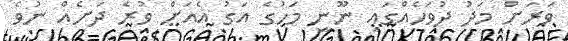
ވަރަށް މަދު ދުވަހެއްގައި ނޫނީ މަހުގެ އަގު އެއަށް ވުރެ ދަށެއް ނުވެ